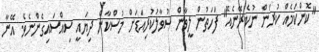
"ކޮންކަމެއް ކުރަން ނުކެރޭނެއޭ" ފަހަތުން ލީވާން ސުވާލުކުރިއަޑަށް މުސްކާން ދިޔައީ ސިއްސައިގެންނެވެ. އޭނާ